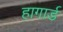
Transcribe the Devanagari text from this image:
हागार्ड